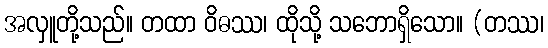
အလှူတို့သည်။ တထာ ဝိဓဿ၊ ထိုသို့ သဘောရှိသော။ (တဿ၊